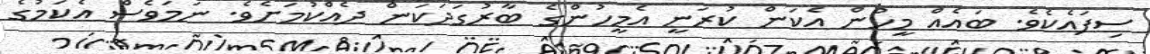
ސިފައެކެވެ. ބައެއް މީހުން އެކަން ކުރަނީ އެމީހުންގެ ބާރުގަދަކަން ދެއްކުމަށެވެ. ނަމަވެސް އެކަމުގެ